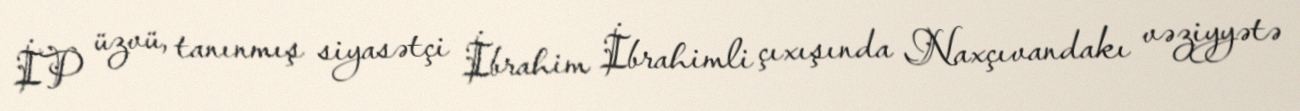
İP üzvü, tanınmış siyasətçi İbrahim İbrahimli çıxışında Naxçıvandakı vəziyyətə